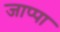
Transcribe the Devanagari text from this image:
जाप्पा